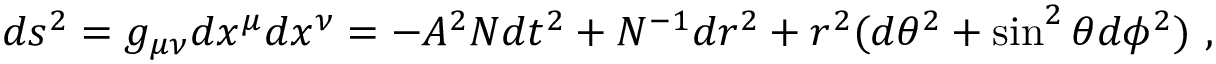
d s ^ { 2 } = g _ { \mu \nu } d x ^ { \mu } d x ^ { \nu } = - { A } ^ { 2 } { N } d t ^ { 2 } + { N } ^ { - 1 } d r ^ { 2 } + r ^ { 2 } ( d \theta ^ { 2 } + \sin ^ { 2 } \theta d \phi ^ { 2 } ) \ ,